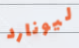
ليونارد